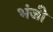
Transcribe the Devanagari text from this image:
भंजी